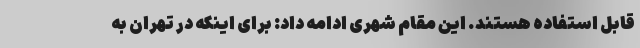
قابل استفاده هستند. این مقام شهری ادامه داد: برای اینکه در تهران به